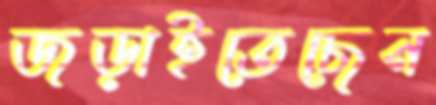
জড়াইতেছেন